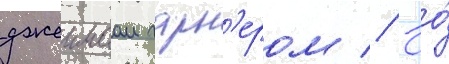
джеимсом гарн'ером // Ео́